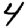
Digit: 4